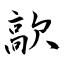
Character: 歊